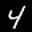
Label: 4